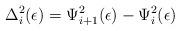
LaTeX: \begin{align*}\Delta_{i}^{2}(\epsilon) = \Psi_{i+1}^{2}(\epsilon) - \Psi_{i}^{2}(\epsilon)\end{align*}